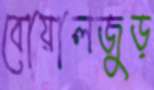
বোয়ালজুড়